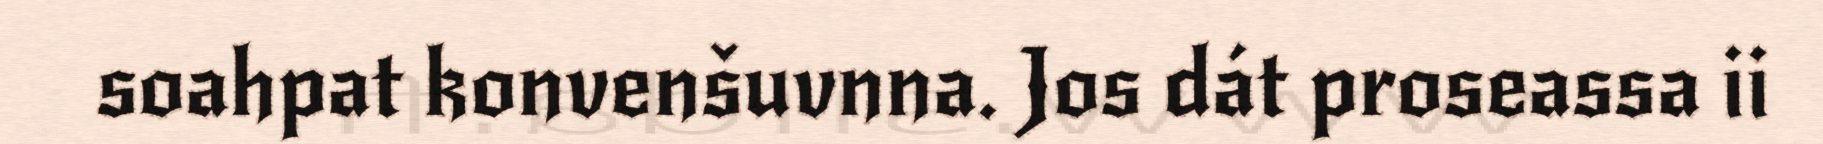
soahpat konvenšuvnna. Jos dát proseassa ii